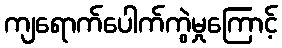
ကျရောက်ပေါက်ကွဲမှုကြောင့်